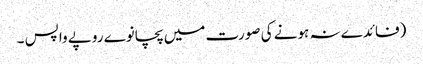
(فائدے نہ ہونے کی صورت میں پچانوے روپے واپس ۔